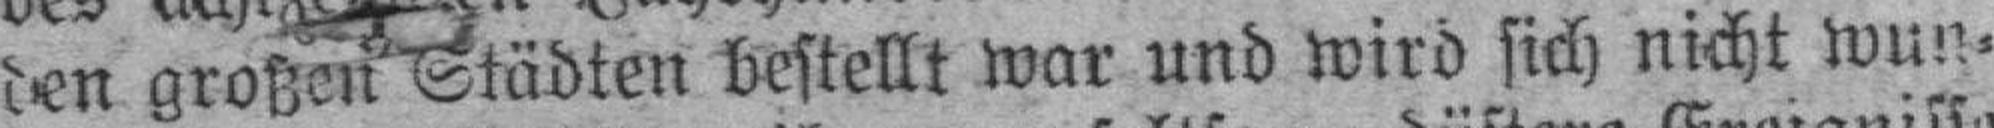
den großen Städten bestellt war und wird sich nicht wun¬